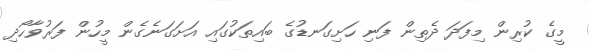
މީގެ ކުރިން މިފަދަ ދެތިން ފަނި ހަށިގަނޑުގެ ބައިތަކުގައި އަށަގަނެގެން މީހުން ފަރުވާހޯދި